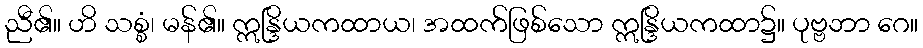
ညီ၏။ ဟိ သစ္စံ၊ မန်၏။ ဣန္ဒြိယကထာယ၊ အထက်ဖြစ်သော ဣန္ဒြိယကထာ၌။ ပုဗ္ဗဘာ ဂေ။